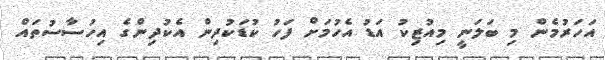
އަހަރުމެން މި ބަލަނީ މިއުޒިކު އަޑު އެހުމަށް ފަހު ކުޑަކުދިން އެކުދިންގެ އިހުސާސުތައް